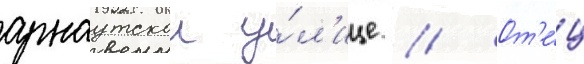
арнаутскои у́л'ице // От'е́ц